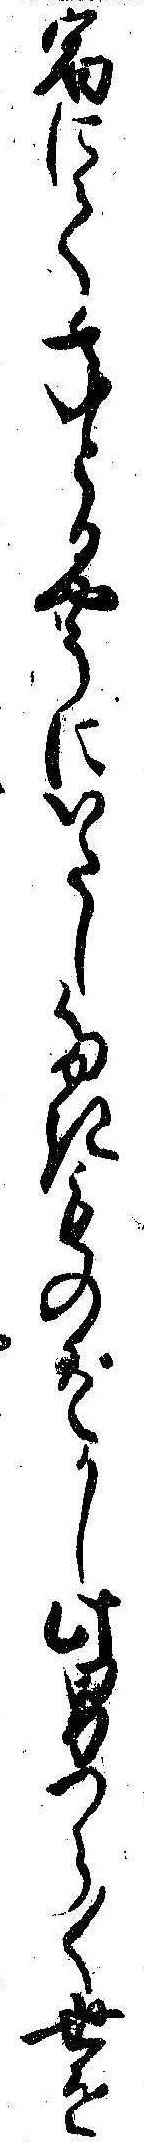
宿にて年とるやうにいたしたきものぞかし此男つら〱世を